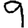
Digit: 9